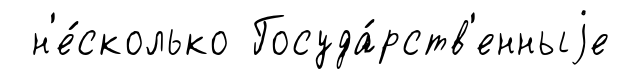
н'е́сколько Госуда́рств'енныjе